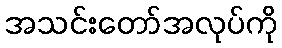
အသင်းတော်အလုပ်ကို